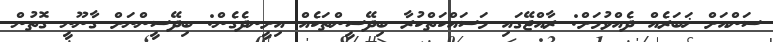
ސަންއަށް ޚަބަރެއް ދެއްވުމަށް: ރާއްޖޭގައި މަސައްކަތްކުރާ ބިދޭސީންތަކެއް އިށީނދެގެން: ބިދޭސީންނަށް ގާނޫނީ ގޮތުން